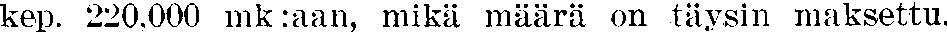
kep. 220,000 mk:aan, mikä määrä on täysin maksettu.